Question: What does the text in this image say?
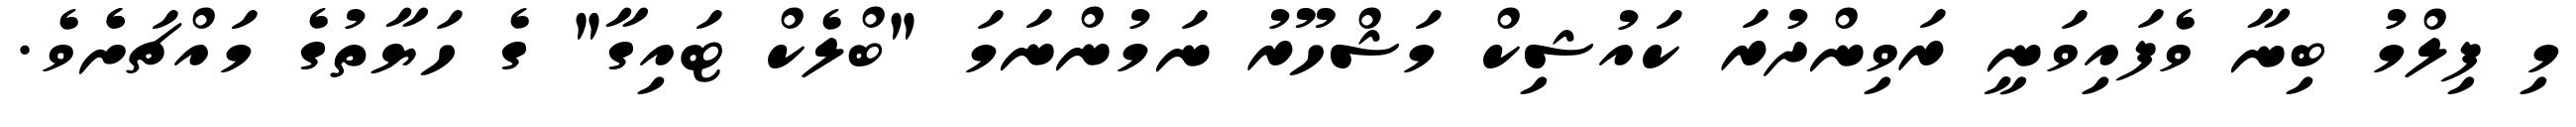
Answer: މި ފިލްމު ބިނާ ވެފައިވަނީ ރަވިންދުރަ ކައުޝިކް މަޝްހޫރު ނަމުންނަމަ "ބްލެކް ޓައިގާ" ގެ ހަޔާތުގެ މައްޗަށެެވެ.